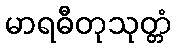
မာရဓီတုသုတ္တံ